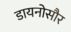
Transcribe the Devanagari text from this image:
डायनोसौर